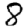
Digit: 8